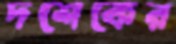
দশেকের